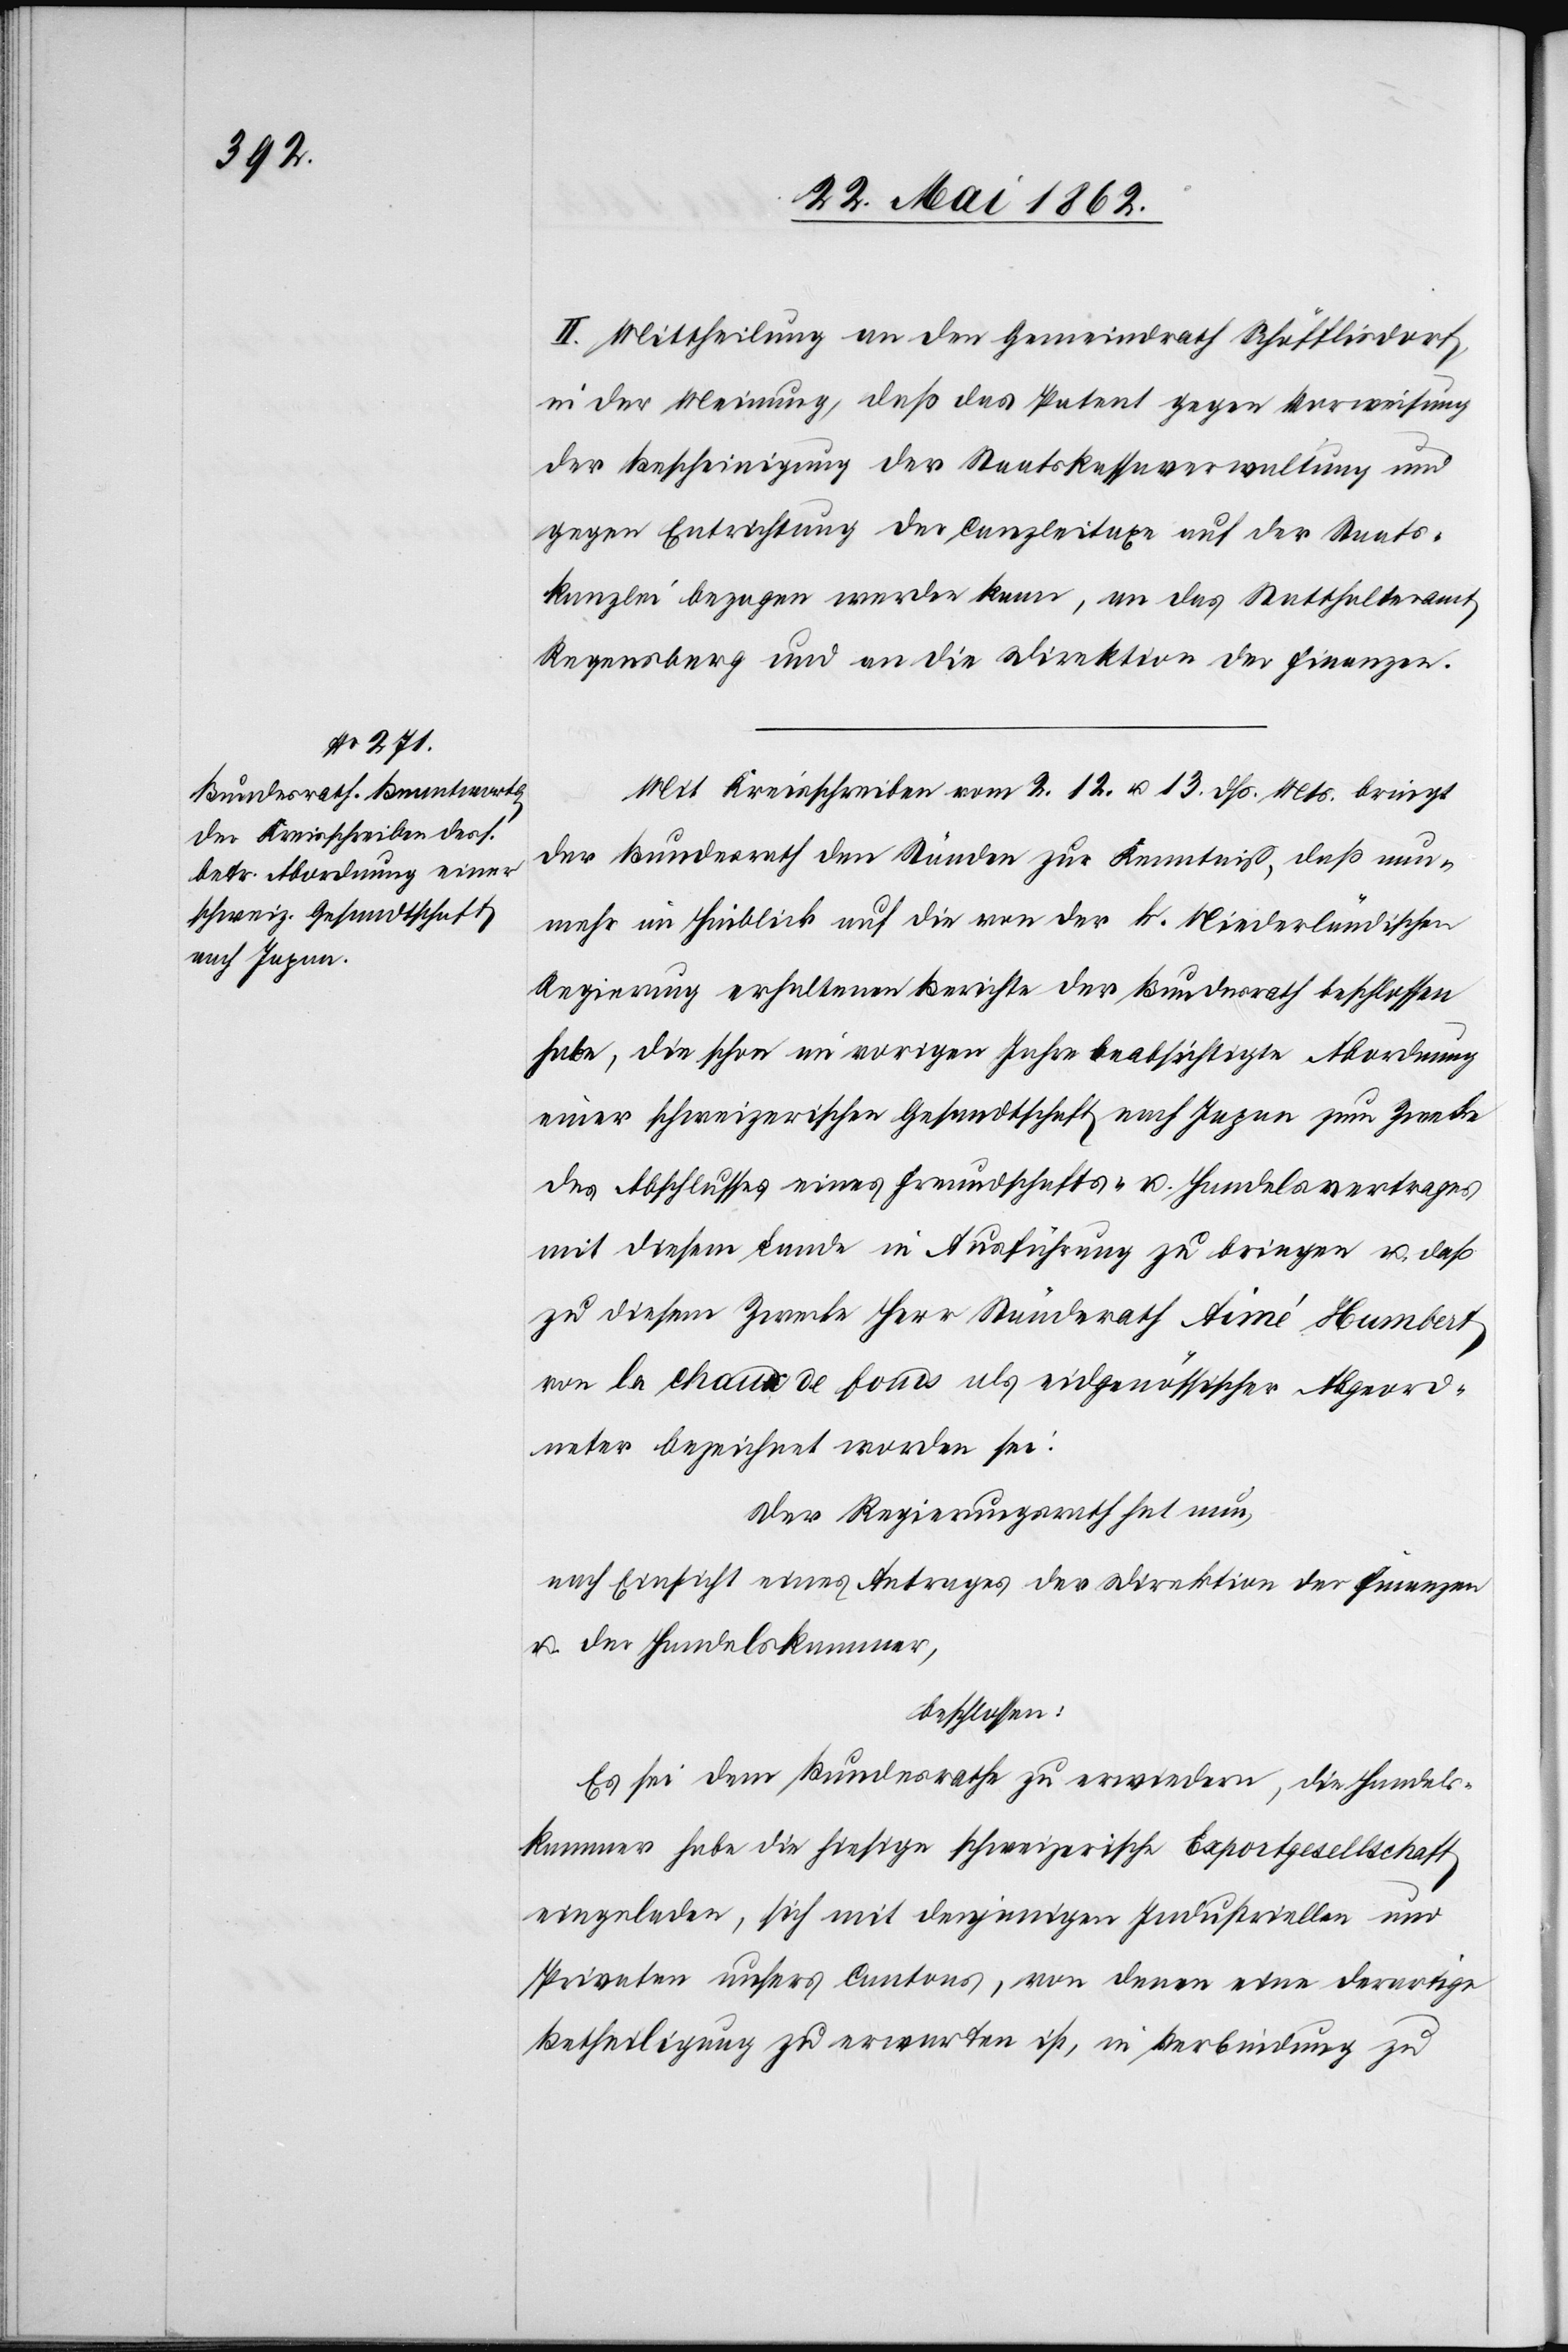
II. Mittheilung an den Gemeindrath Schöfflisdorf,
in der Meinung, daß das Patent gegen Vorweisung
der Bescheinigung der Staatskassaverwaltung und
gegen Entrichtung der Conzleitaxe auf der Staats¬
kanzlei bezogen werden kann, an das Statthalteramt
Regensberg und an die Direktion der Finanzen.
Mit Kreisschreiben vom 2.[,] 12. u. 13. dß. Mts. bringt
der Bundesrath den Ständen zur Kenntniß, daß nun¬
mehr in Hinblick auf die von der k. Niederländischen
Regierung erhaltenen Berichte der Bundesrath beschlossen
habe, die schon im vorigen Jahre beabsichtigte Abordnung
einer schweizerischen Gesandtschaft nach Japan zum Zwecke
des Abschlusses eines Freundschafts- u. Handelsvertrages
mit diesem Lande in Ausführung zu bringen u. daß
zu diesem Zwecke Herr Ständerath Aimé Humbert
von la Chaux de Fonds als eidgenössischer Abgeord¬
neter bezeichnet worden sei.
Der Regierungsrath hat nun,
nach Einsicht eines Antrages der Direktion der Finanzen
u. der Handelskammer,
beschlossen:
Es sei dem Bundesrathe zu erwiedern, die Handels¬
kammer habe die hiesige schweizerische Exportgesellschaft
eingeladen, sich mit denjenigen Industriellen und
Privaten unsers Cantons, von denen eine derartige
Betheiligung zu erwarten ist, in Verbindung zu